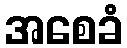
အစေခံ